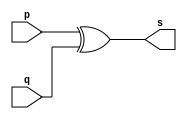
// ----------------------------------------
// Exemplo0005 - XOR
// Nome: Joo Henrique Mendes de Oliveira
// ----------------------------------------

// -------------------------
// -- xor gate
// -------------------------

module xorgate(output [0:3]s, input [0:3]p, input [0:3]q);
	assign s = p ^ q; //-- vinculo
endmodule //-- end module xorgate

// -------------------------
// -- test xor gate
// -------------------------

module testxorgate;
//-- dados locais
	reg [0:3]a, b; //-- reg = registrador = entrada
	wire [0:3]s; //-- wire = sada
	
//-- instanciando o "module or gate"
	xorgate XOR1(s, a, b);
	
//-- preparao
	initial begin:start
		a = 4'b0011; //-- n binrio de 4 bits
		b = 4'b0101; //-- n binrio de 4 bits
	end //-- end start

//-- parte principal
	initial begin:main
	//-- execuo 1  1
		$display("Exemplo0005 - Joo Henrique - 392734");
		$display("Test XOR gate");
		$display("\n a ^ b = s\n");
		$monitor("%b ^ %b = %b", a, b, s);
		
	#1 a = 0; b = 0; // valores decimais
	#1 a = 4'b0010; b = 4'b0001; // valores binarios
	#1 a = 4'd1; b = 3; // decimal e decimal
	#1 a = 4'o5; b = 2; // octal e decimal
	#1 a = 4'hA; b = 3; // hexadecimal e decimal
	#1 a = 4'h9; b = 4'o3; // hexadecimal e octal
	
	end //-- end main

endmodule //-- end testxorgate